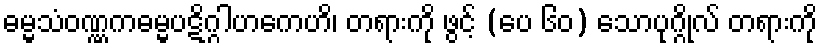
ဓမ္မသံဝဏ္ဏကဓမ္မပဋိဂ္ဂါဟကေဟိ၊ တရားကို ဖွင့် (ပေ ၆၀) သောပုဂ္ဂိုလ် တရားကို